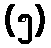
(၅)